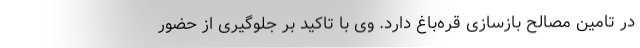
در تامین مصالح بازسازی قره‌باغ دارد. وی با تاکید بر جلوگیری از حضور